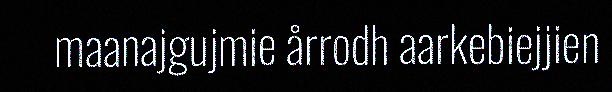
maanajgujmie årrodh aarkebiejjien